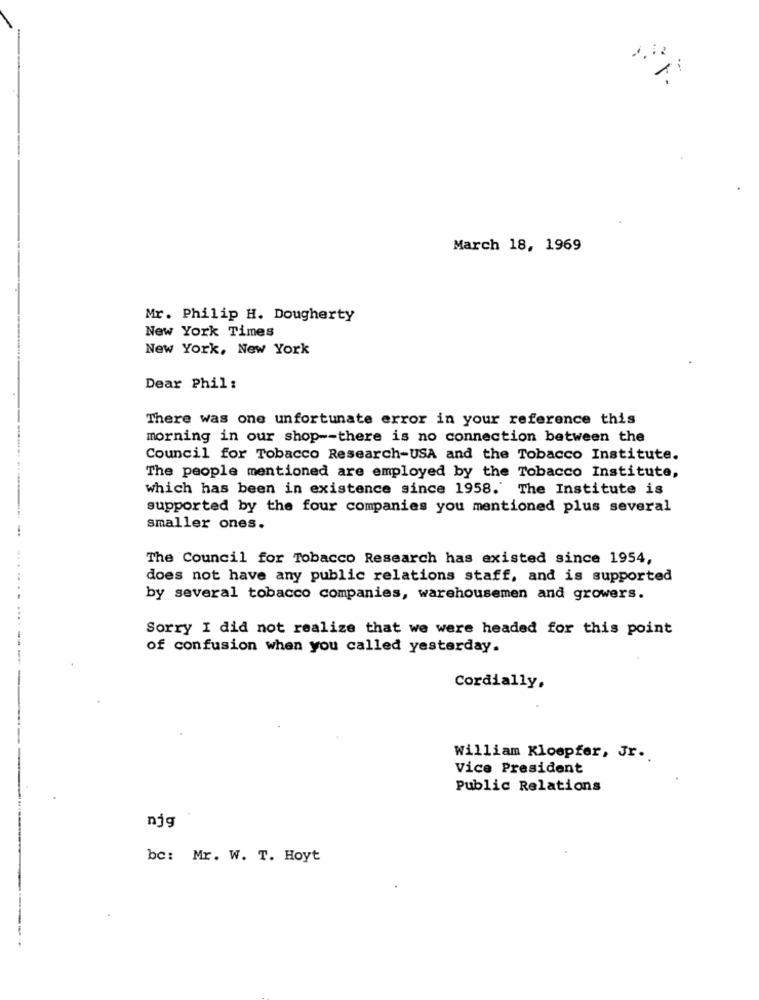
March 18, 1969
Mr. Philip H. Dougherty
New York Times
New York, New York
Dear Phil :
There was one unfortunate error in your reference this
morning in our shop -- there is no connection between the
Council for Tobacco Research-USA and the Tobacco Institute.
The people mentioned are employed by the Tobacco Institute,
which has been in existence since 1958. The Institute is
supported by the four companies you mentioned plus several
smaller ones.
The Council for Tobacco Research has existed since 1954,
does not have any public relations staff, and is supported
by several tobacco companies, warehousemen and growers.
Sorry I did not realize that we were headed for this point
of confusion when you called yesterday.
Cordially,
William Kloopfer, Jr ..
Vice President
Public Relations
njg
bc: Mr. W. T. Hoyt
...